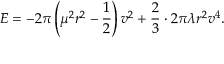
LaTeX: E = - 2 \pi \left( \mu ^ { 2 } r ^ { 2 } - \frac { 1 } { 2 } \right) v ^ { 2 } + \frac { 2 } { 3 } \cdot 2 \pi \lambda r ^ { 2 } v ^ { 4 } .